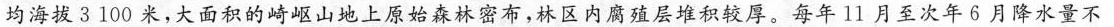
均海拔3100米，大面积的崎岖山地上原始森林密布，林区内腐殖层堆积较厚。每年l1月至次年6月降水量不